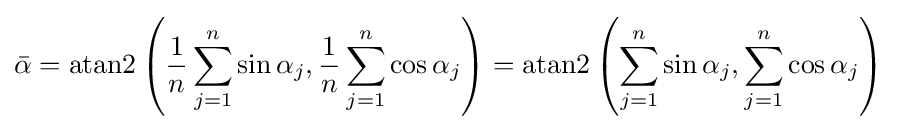
{\bar {\alpha }}=\operatorname {atan2} \left({\frac {1}{n}}\sum _{j=1}^{n}\sin \alpha _{j},{\frac {1}{n}}\sum _{j=1}^{n}\cos \alpha _{j}\right)=\operatorname {atan2} \left(\sum _{j=1}^{n}\sin \alpha _{j},\sum _{j=1}^{n}\cos \alpha _{j}\right)